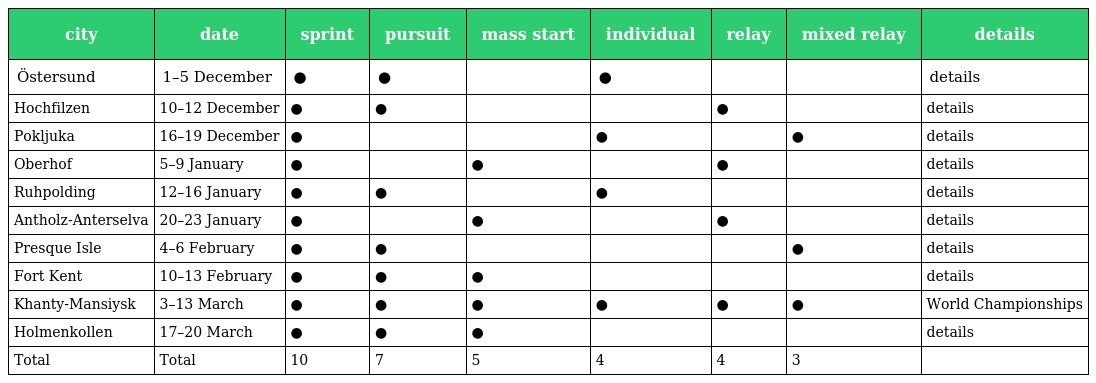
| city | date | sprint | pursuit | mass start | individual | relay | mixed relay | details |
 | --- | --- | --- | --- | --- | --- | --- | --- | --- |
 | Östersund | 1–5 December | ● | ● |  | ● |  |  | details |
 | Hochfilzen | 10–12 December | ● | ● |  |  | ● |  | details |
 | Pokljuka | 16–19 December | ● |  |  | ● |  | ● | details |
 | Oberhof | 5–9 January | ● |  | ● |  | ● |  | details |
 | Ruhpolding | 12–16 January | ● | ● |  | ● |  |  | details |
 | Antholz-Anterselva | 20–23 January | ● |  | ● |  | ● |  | details |
 | Presque Isle | 4–6 February | ● | ● |  |  |  | ● | details |
 | Fort Kent | 10–13 February | ● | ● | ● |  |  |  | details |
 | Khanty-Mansiysk | 3–13 March | ● | ● | ● | ● | ● | ● | World Championships |
 | Holmenkollen | 17–20 March | ● | ● | ● |  |  |  | details |
 | Total | Total | 10 | 7 | 5 | 4 | 4 | 3 |  |